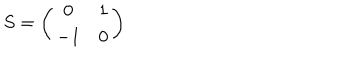
LaTeX: S = \left( \begin{array} { c c } { { 0 } } & { { 1 } } \\ { { - 1 } } & { { 0 } } \\ \end{array} \right)